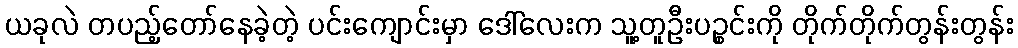
ယခုလဲ တပည့်တော်နေခဲ့တဲ့ ပင်းကျောင်းမှာ ဒေါ်လေးက သူ့တူဦးပဉ္စင်းကို တိုက်တိုက်တွန်းတွန်း